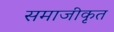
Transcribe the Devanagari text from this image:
समाजीकृत